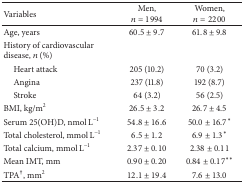
| Variables | Men, n = 1994 | Women, n = 2200 |
 | --- | --- | --- |
 | Age, years | 60.5 ± 9.7 | 61.8 ± 9.8 |
 | History of cardiovascular disease, n (%) |  |  |
 | Heart attack | 205 (10.2) | 70 (3.2) |
 | Angina | 237 (11.8) | 192 (8.7) |
 | Stroke | 64 (3.2) | 56 (2.5) |
 | BMI, kg/m2 | 26.5 ± 3.2 | 26.7 ± 4.5 |
 | Serum 25(OH)D, nmol L−1 | 54.8 ± 16.6 | 50.0 ± 16.7* |
 | Total cholesterol, mmol L−1 | 6.5 ± 1.2 | 6.9 ± 1.3* |
 | Total calcium, mmol L−1 | 2.37 ± 0.10 | 2.38 ± 0.11 |
 | Mean IMT, mm | 0.90 ± 0.20 | 0.84 ± 0.17** |
 | TPA†, mm2 | 12.1 ± 19.4 | 7.6 ± 13.0 |